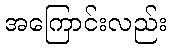
အကြောင်းလည်း